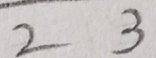
2 3